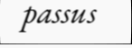
passus